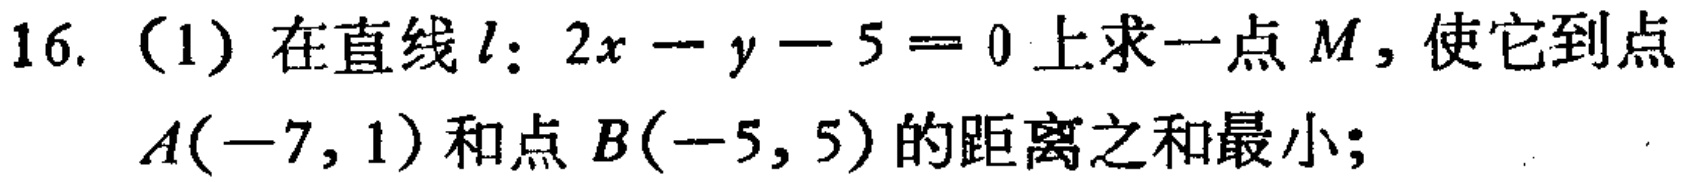
16. （1）在直线\(l:2x - y - 5 = 0\)上求一点\(M\)，使它到点\(A(-7,1)\)和点\(B(-5,5)\)的距离之和最小；